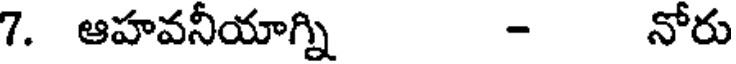
7. ఆహవనీయాగ్ని - నోరు